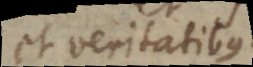
et veritatibus